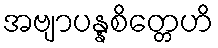
အဗျာပန္နစိတ္တေဟိ